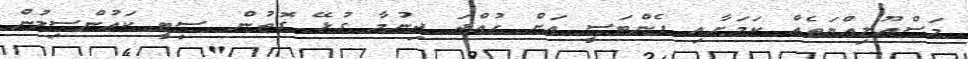
މަސްއޫލިއްޔަތެއް ކަމަށާއި ފެންޓަސީ އަށް ހުއްދަ ދިނުމާ ގުޅޭ ގޮތުން ސިޓީ ކައުންސިލުން